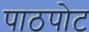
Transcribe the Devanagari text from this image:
पाठपोट